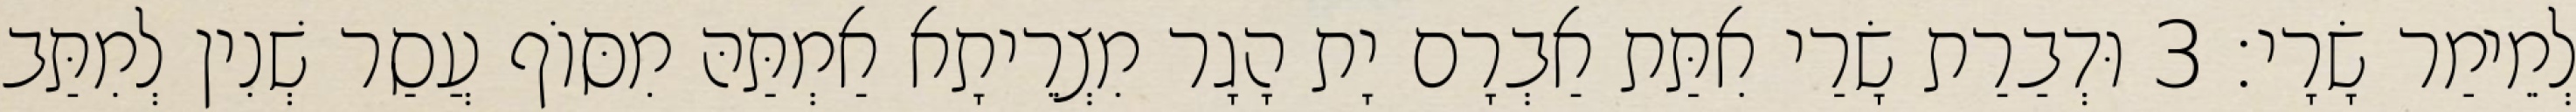
לְמֵימַר שָׂרָי׃ 3 וּדְבַרַת שָׂרַי אִתַּת אַבְרָם יָת הָגָר מִצְרֵיתָא אַמְתַּהּ מִסּוֹף עֲסַר שְׁנִין לְמִתַּב